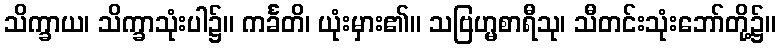
သိက္ခာယ၊ သိက္ခာသုံးပါ၌။ ကင်္ခတိ၊ ယုံးမှား၏။ သဗြဟ္မစာရီသု၊ သီတင်းသုံးဘော်တို့၌။